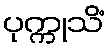
ပုက္ကုသိံ